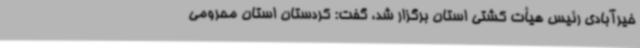
خیرآبادی رئیس هیأت کشتی استان برگزار شد، گفت: کردستان استان محرومی